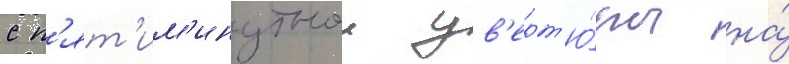
с п'ят'им'инутнои ув'ерт'ю́ры на́